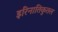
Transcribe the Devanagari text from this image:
इरिनातिकुतल